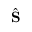
\hat { \mathbf { S } }